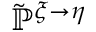
\tilde { \mathbb { P } } ^ { \xi \rightarrow \eta }